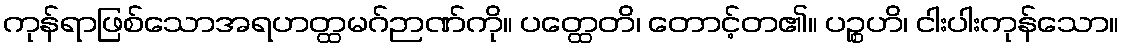
ကုန်ရာဖြစ်သောအရဟတ္ထမဂ်ဉာဏ်ကို။ ပတ္ထေတိ၊ တောင့်တ၏။ ပဉ္စဟိ၊ ငါးပါးကုန်သော။